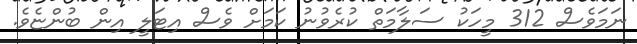
ނަމަވެސް 312 މީހަކު ސަލާމަތް ކުރެވުނު ކަމަށް ވެސް އިޓަލީ އިން ބުންޏެވެ.